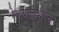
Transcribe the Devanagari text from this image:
रेकयाविकपासून